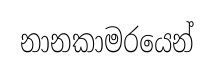
නානකාමරයෙන්